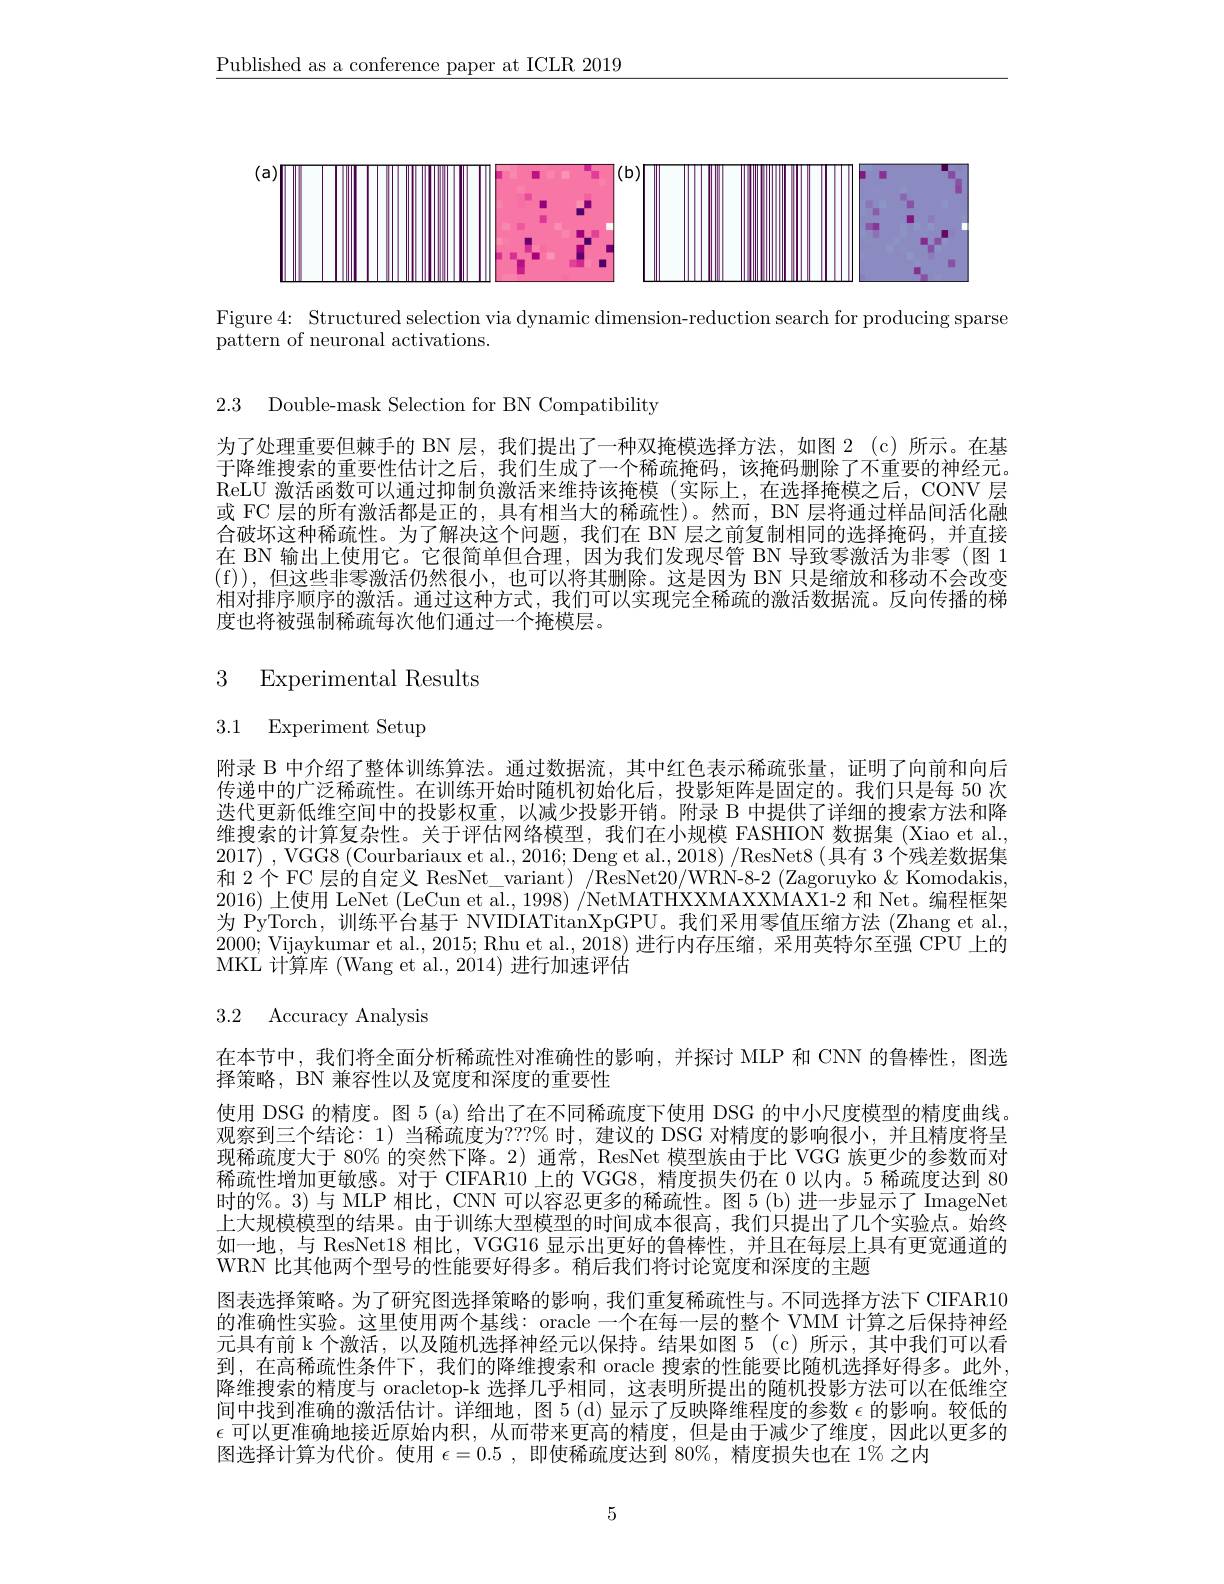
$\underline{\text{Published as a conference paper at ICLR 2019}}$

<FigureHere>

Figure 4: Structured selection via dynamic dimension-reduction search for producing sparse
pattern of neuronal activations.

2.3 Double-mask Selection for BN Compatibility

为了处理重要但棘手的 BN 层，我们提出了一种双掩模选择方法，如图 2(c)所示。在基于降维搜索的重要性估计之后，我们生成了一个稀疏掩码，该掩码删除了不重要的神经元。ReLU 激活函数可以通过抑制负激活来维持该掩模(实际上，在选择掩模之后，CONV 层或 FC 层的所有激活都是正的，具有相当大的稀疏性)。然而，BN 层将通过样品间活化融合破坏这种稀疏性。为了解决这个问题，我们在 BN 层之前复制相同的选择掩码，并直接在 BN 输出上使用它。它很简单但合理，因为我们发现尽管 BN 导致零激活为非零 (图 1 (f)),但这些非零激活仍然很小，也可以将其删除。这是因为 BN 只是缩放和移动不会改变相对排序顺序的激活。通过这种方式，我们可以实现完全稀疏的激活数据流。反向传播的梯度也将被强制稀疏每次他们通过一个掩模层。

3 Experimental Results

# 3.1 Experiment Setup

附录 B 中介绍了整体训练算法。通过数据流，其中红色表示稀疏张量，证明了向前和向后传递中的广泛稀疏性。在训练开始时随机初始化后，投影矩阵是固定的。我们只是每 50 次迭代更新低维空间中的投影权重，以减少投影开销。附录 B 中提供了详细的搜索方法和降维搜索的计算复杂性。关于评估网络模型，我们在小规模 FASHION 数据集 (Xiao et al., 2017) ,VGG8 (Courbariaux et al., 2016; Deng et al., 2018) /ResNet8 (具有 3 个残差数据集和 2 个 FC 层的自定义 ResNet\_ variant) /ResNet20/WRN-8-2 (Zagoruyko&Komodakis, 2016)上使用 LeNet (LeCun et al., 1998) /NetMATHXXMAXXMAX1-2 和 Net。编程框架为 PyTorch, 训练平台基于 NVIDIATitanXpGPU。我们采用零值压缩方法 (Zhang et al. 2000; Vijaykumar et al., 2015; Rhu et al., 2018) 进行内存压缩，采用英特尔至强 CPU 上的MKL 计算库 (Wang et al., 2014) 进行加速评估

# 3.2 Accuracy Analysis

在本节中，我们将全面分析稀疏性对准确性的影响，并探讨 MLP 和 CNN 的鲁棒性，图选
择策略，BN 兼容性以及宽度和深度的重要性
使用 DSG 的精度。图 5 (a) 给出了在不同稀疏度下使用 DSG 的中小尺度模型的精度曲线。观察到三个结论：1) 当稀疏度为？??% 时，建议的 DSG 对精度的影响很小，并且精度将呈现稀疏度大于 80% 的突然下降。2) 通常，ResNet 模型族由于比 VGG 族更少的参数而对稀疏性增加更敏感。对于 CIFAR10 上的 VGG8, 精度损失仍在0以内。5 稀疏度达到 80时的$\%$。3)与 MLP 相比，CNN 可以容忍更多的稀疏性。图 5 (b)进一步显示了 ImageNet 上大规模模型的结果。由于训练大型模型的时间成本很高，我们只提出了几个实验点。始终如一地，与 ResNet18 相比，VGG16 显示出更好的鲁棒性，并且在每层上具有更宽通道的WRN 比其他两个型号的性能要好得多。稍后我们将讨论宽度和深度的主题
图表选择策略。为了研究图选择策略的影响，我们重复稀疏性与。不同选择方法下 CIFAR10的准确性实验。这里使用两个基线：oracle 一个在每一层的整个 VMM 计算之后保持神经元具有前 k 个激活，以及随机选择神经元以保持。结果如图 5 (c) 所示 ,其中我们可以看到，在高稀疏性条件下，我们的降维搜索和 oracle 搜索的性能要比随机选择好得多。此外， 降维搜索的精度与 oracletop-k 选择几乎相同，这表明所提出的随机投影方法可以在低维空间中找到准确的激活估计。详细地，图5(d)显示了反映降维程度的参数$\epsilon$的影响。较低的$\epsilon$可以更准确地接近原始内积，从而带来更高的精度，但是由于减少了维度，因此以更多的图选择计算为代价。使用$\epsilon=0.5$,即使稀疏度达到 80%, 精度损失也在 1% 之内

5